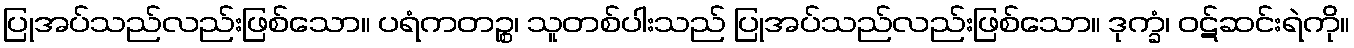
ပြုအပ်သည်လည်းဖြစ်သော။ ပရံကတဉ္စ၊ သူတစ်ပါးသည် ပြုအပ်သည်လည်းဖြစ်သော။ ဒုက္ခံ၊ ဝဋ်ဆင်းရဲကို။